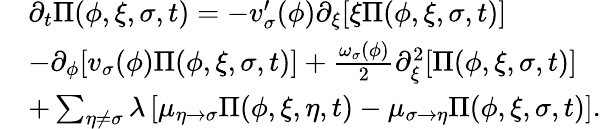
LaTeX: \begin{array}{rl}&{\partial_{t}\Pi(\phi,\xi,\sigma,t)=-v_{\sigma}^{\prime}(\phi)\partial_{\xi}[\xi\Pi(\phi,\xi,\sigma,t)]}\\ &{-\partial_{\phi}[v_{\sigma}(\phi)\Pi(\phi,\xi,\sigma,t)]+\frac{\omega_{\sigma}(\phi)}{2}\partial_{\xi}^{2}[\Pi(\phi,\xi,\sigma,t)]}\\ &{+\sum_{\eta\neq\sigma}\lambda\left[\mu_{\eta\rightarrow\sigma}\Pi(\phi,\xi,\eta,t)-\mu_{\sigma\rightarrow\eta}\Pi(\phi,\xi,\sigma,t)\right].}\end{array}